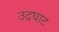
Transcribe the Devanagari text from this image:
उद्रघाट